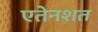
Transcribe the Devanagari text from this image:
एतेनशत